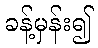
ခန့်မှန်း၍